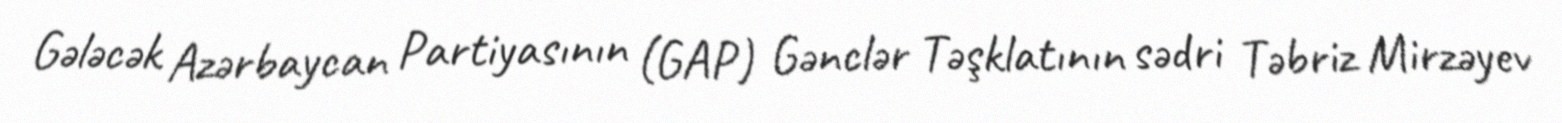
Gələcək Azərbaycan Partiyasının (GAP) Gənclər Təşklatının sədri Təbriz Mirzəyev